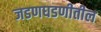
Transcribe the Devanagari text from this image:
जडणघडणीतील